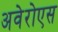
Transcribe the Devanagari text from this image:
अवेरोएस